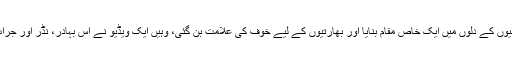
اپنی نڈر ویڈیوز سے جہاں رابی پیرزادہ نے پاکستانیوں کے دلوں میں ایک خاص مقام بنایا اور بھارتیوں کے لیے خوف کی علامت بن گئی، وہیں ایک ویڈیو نے اس بہادر، نڈر اور جرات مند لڑکی کے تمام اچھے کاموں پر پانی پھیردیا۔